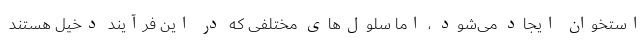
استخوان ایجاد می‌شود ، اما سلول‌های مختلفی که در این فرآیند دخیل هستند